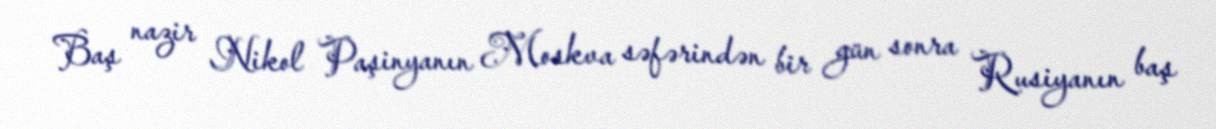
Baş nazir Nikol Paşinyanın Moskva səfərindən bir gün sonra Rusiyanın baş